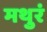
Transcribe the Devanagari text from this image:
मथुरं